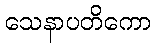
သေနာပတိကော